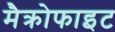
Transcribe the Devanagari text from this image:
मैक्रोफाइट